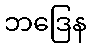
ဘဒြေန